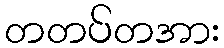
တတပ်တအား